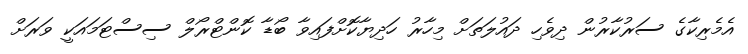
އެމެރިކާގެ ސަރުކާރުން ދިވެހި ދައުލަތަށް މިހާރު ހަދިޔާކޮށްފައިވާ ބޯޑާ ކޮންޓްރޯލް ސިސްޓަމައަކީ ވަރަށް